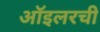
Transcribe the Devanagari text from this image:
ऑइलरची